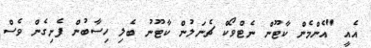
އެއީ "އެންމެން ކާޓޫން ނެޓްވޯކް ޗެނަލުން ކާޓޫނު ބެލި ހިސާބުން ފެށިގެން ވެސް